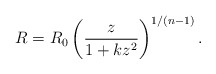
\begin{align*}R=R_0\left( \frac z{1+kz^2}\right) ^{1/(n-1)}. \end{align*}